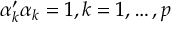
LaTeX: \alpha _ { k } ^ { \prime } \alpha _ { k } = 1 , k = 1 , \dots , p